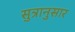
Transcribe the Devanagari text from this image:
सुत्रानुसार